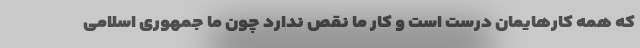
که همه کارهایمان درست است و کار ما نقص ندارد چون ما جمهوری اسلامی